system: You are a helpful assistant.
user:
Analyze the provided spectrum to determine if it is a **Carbon Star (C-type)**.

- **Key Visual Indicators of Carbon Star:**
    - **(Primary):** Strong molecular absorption from **C₂ (diatomic carbon) "Swan Bands."** This is the **defining feature** of a carbon star.
        - **(Key Bandheads):** Sharp absorption edges are visible at approximately $5635$ Å, $5165$ Å (the strongest band), and $4737$ Å.
        - **(Line Profile):** Creates a distinct **"saw-tooth"** pattern. The key morphology is a sharp, steep bandhead on the **red (long-wavelength) side**, which then gradually tapers off (i.e., flux recovers) towards the **blue (short-wavelength) side**. *(This is the direct opposite of the TiO bands seen in M-type stars)*.

    - **(Secondary):** Intense **CN (cyanogen)** molecular absorption bands.
        - **(Key Bandheads):** Located in the blue and violet regions of the spectrum (e.g., near $4215$ Å and $3883$ Å).
        - **(Morphology):** These bands are extremely broad and act as a "blanket," absorbing the vast majority of blue and violet light. This creates a characteristic **"cliff"** or **"steep drop-off"** in the spectrum's flux at short wavelengths.

    - **(Key Confirmation):** Strong **CH absorption band (G-band)**.
        - **(Key Bandhead):** Located around $4300$ Å. The contribution from CH molecules to this band is exceptionally strong.

    - **(Overall Spectrum):**
        - The continuum is severely "chopped up" by these deep molecular bands, especially C₂, rather than appearing as a smooth curve.
        - Due to the heavy CN and C₂ absorption in the blue-green, the vast majority of the star's flux is concentrated in the red part of the spectrum, giving the star its characteristic deep red color.

Think first, call **spectral_visualization_tool** if needed to examine features in detail, then provide your final answer. Your response must adhere to the following strict rules:
1.  **Overall Structure:** Your response must follow the format `<think>...</think> <tool_call>...</tool_call> (if a tool is used) <answer>...</answer>`.
2.  **Tool Usage Constraint:** You may only make **one** tool call per turn.
3.  **Final Answer Format:** In the `<answer>` tag, your conclusion must be inside a `\boxed{}` command (e.g., `\boxed{YES}`), followed by your justification.

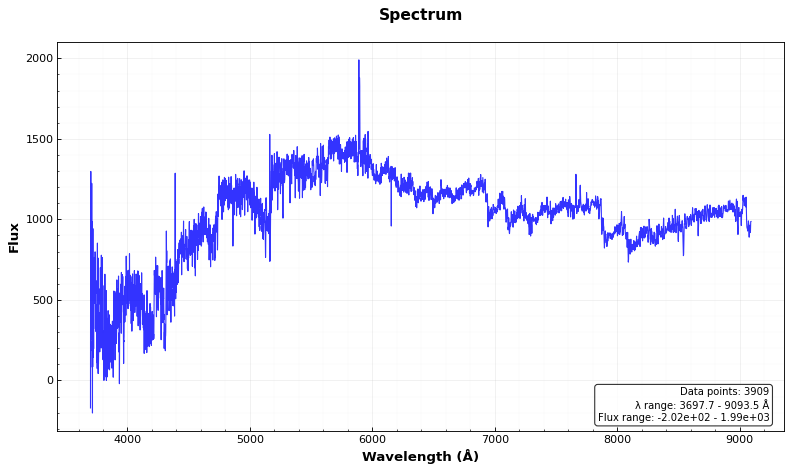
Answer: YES